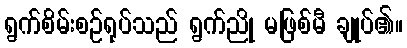
ရွက်စိမ်းစဉ်ရုပ်သည် ရွက်ညို မဖြစ်မီ ချုပ်၏။